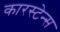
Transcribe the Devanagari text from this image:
कारस्टेन्स